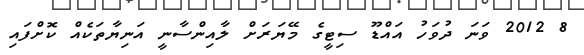
8 2012 ވަނަ ދުވަހު އައްޑޫ ސިޓީގެ މޭޔަރަށް ލާއިންސާނީ އަނިޔާތަކެއް ކޮށްފައި